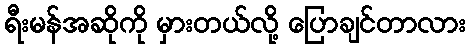
ရီးမန်အဆိုကို မှားတယ်လို့ ပြောချင်တာလား